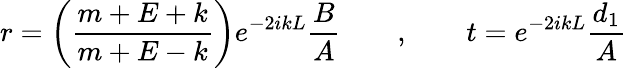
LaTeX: r=\left(\frac{m+E+k}{m+E-k}\right)e^{-2ikL}\frac{B}{A}\qquad,\qquad t=e^{-2ikL}\frac{d_{1}}{A}